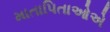
માતાપિતાઓએ